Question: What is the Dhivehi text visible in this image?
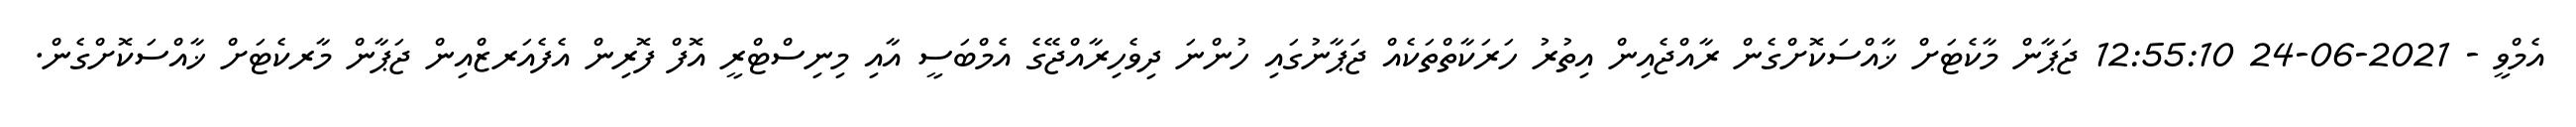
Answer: އެމްވީ - 2021-06-24 12:55:10 ޖަޕާން މާކެޓަށް ޚާއްސަކޮށްގެން ރާއްޖެއިން އިތުރު ހަރަކާތްތަކެއް ޖަޕާނުގައި ހުންނަ ދިވެހިރާއްޖޭގެ އެމްބަސީ އާއި މިނިސްޓްރީ އޮފް ފޮރިން އެފެއަރޒްއިން ޖަޕާން މާރކެޓަށް ޚާއްސަކޮށްގެން.